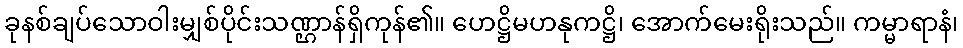
ခုနစ်ချပ်သောဝါးမျှစ်ပိုင်းသဏ္ဌာန်ရှိကုန်၏။ ဟေဋ္ဌိမဟနုကဋ္ဌိ၊ အောက်မေးရိုးသည်။ ကမ္မာရာနံ၊